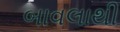
બાવલાથી